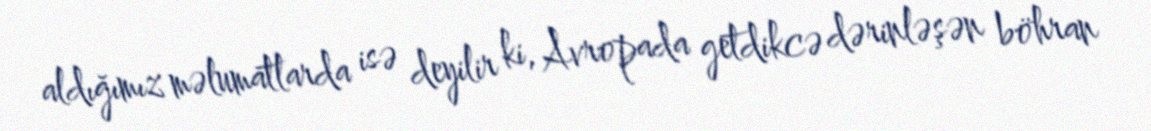
aldığımız məlumatlarda isə deyilir ki, Avropada getdikcə dərinləşən böhran